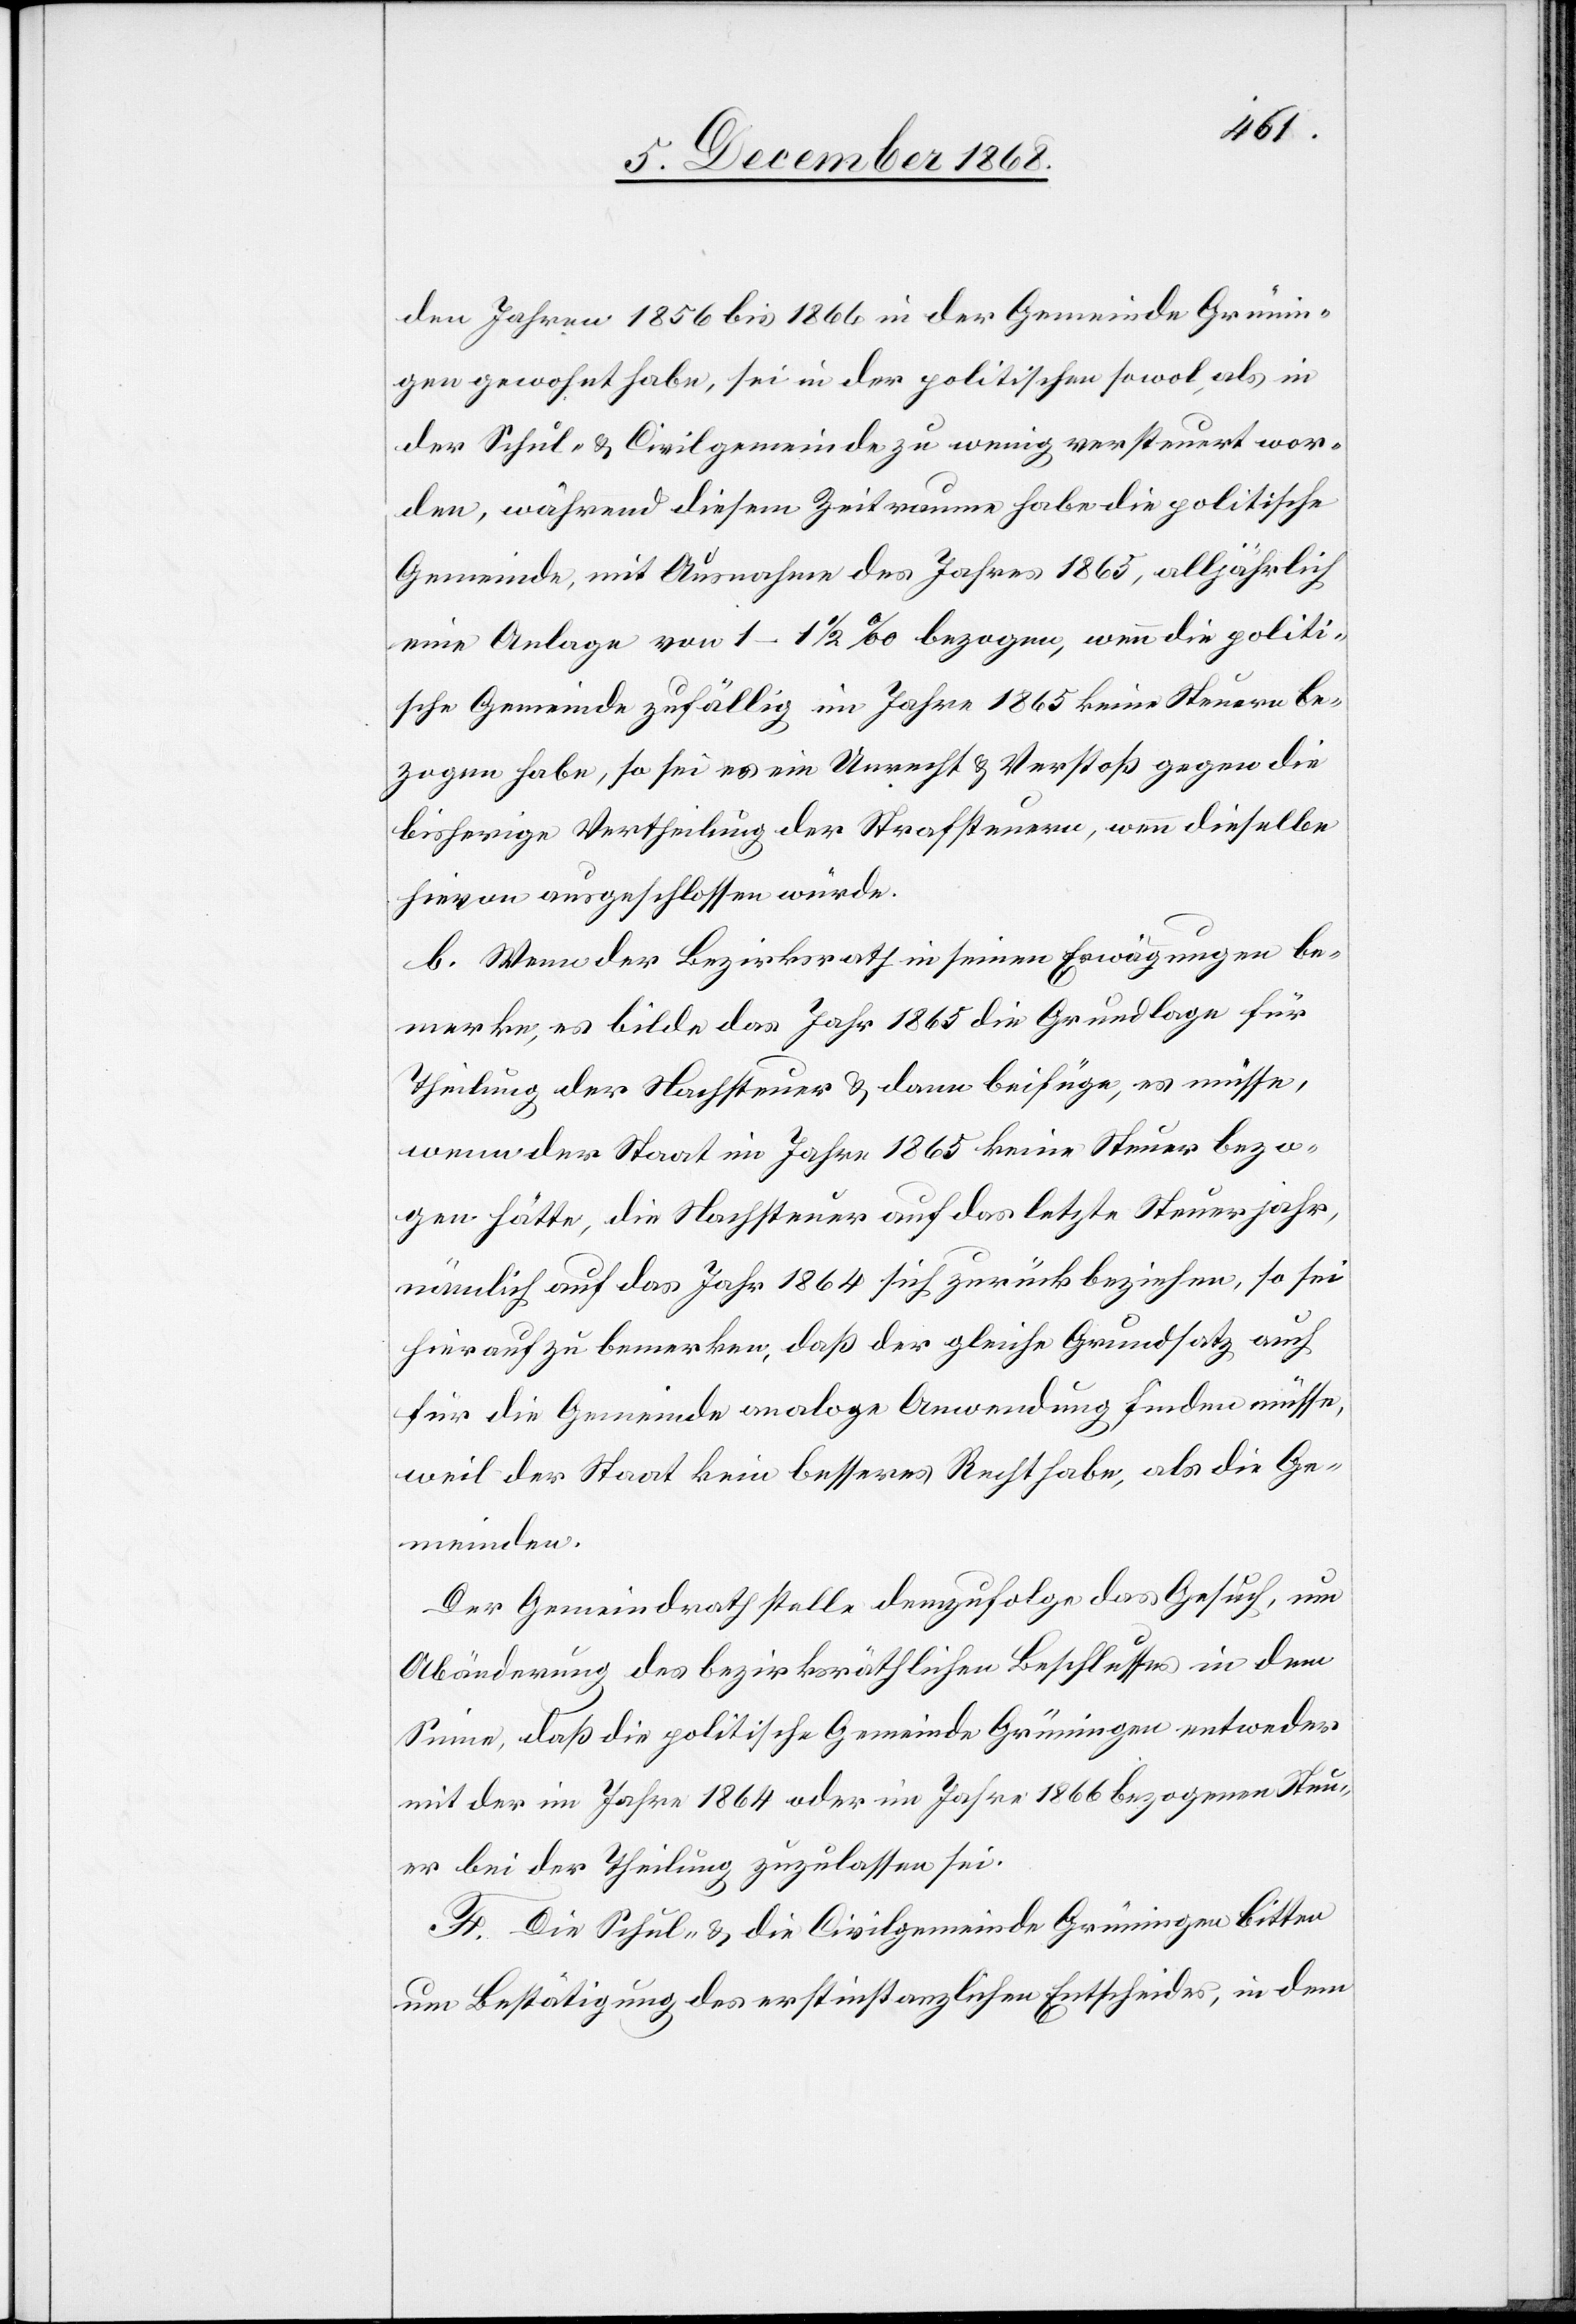
den Jahren 1856 bis 1866 in der Gemeinde Grünin¬
gen gewohnt habe, sei in der politischen sowol, als in
der Schul- & Civilgemeinde zu wenig versteuert wor¬
den, während diesem Zeitraume habe die politische
Gemeinde, mit Ausnahme des Jahres 1865, alljährlich
eine Anlage von 1–1 1/2 ‰ bezogen, wenn die politi¬
sche Gemeinde zufällig im Jahre 1865 keine Steuern be¬
zogen habe, so sei es ein Unrecht & Verstoß gegen die
bisherige Vertheilung der Strafsteuern, wenn dieselbe
hievon ausgeschlossen würde.
b. Wenn der Bezirksrath in seinen Erwägungen be¬
merke, es bilde das Jahr 1865 die Grundlage für
Theilung der Nachsteuer & dann beifüge, es müsse,
wenn der Staat im Jahre 1865 keine Steuer bezo¬
gen hätte, die Nachsteuer auf das letzte Steuerjahr,
nämlich auf das Jahr 1864 sich zurückbeziehen, so sei
hierauf zu bemerken, daß der gleiche Grundsatz auch
für die Gemeinde analoge Anwendung finden müsse,
weil der Staat kein besseres Recht habe, als die Ge¬
meinden.
Der Gemeindrath stelle demzufolge das Gesuch, um
Abänderung des bezirksräthlichen Beschlusses in dem
Sinne, daß die politische Gemeinde Grüningen entweder
mit der im Jahre 1864 oder im Jahre 1866 bezogenen Steu¬
er bei der Theilung zuzulassen sei.
F. Die Schul- & Civilgemeinde Grüningen bitten
um Bestätigung des erstinstanzlichen Entscheides, in dem